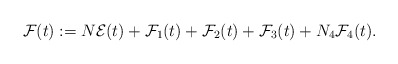
\begin{align*}\mathcal{F}(t) := N \mathcal{E}(t) + \mathcal{F}_{1}(t) + \mathcal{F}_{2}(t) + \mathcal{F}_{3}(t) + N_{4} \mathcal{F}_{4}(t). \end{align*}